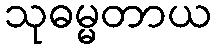
သုဓမ္မတာယ